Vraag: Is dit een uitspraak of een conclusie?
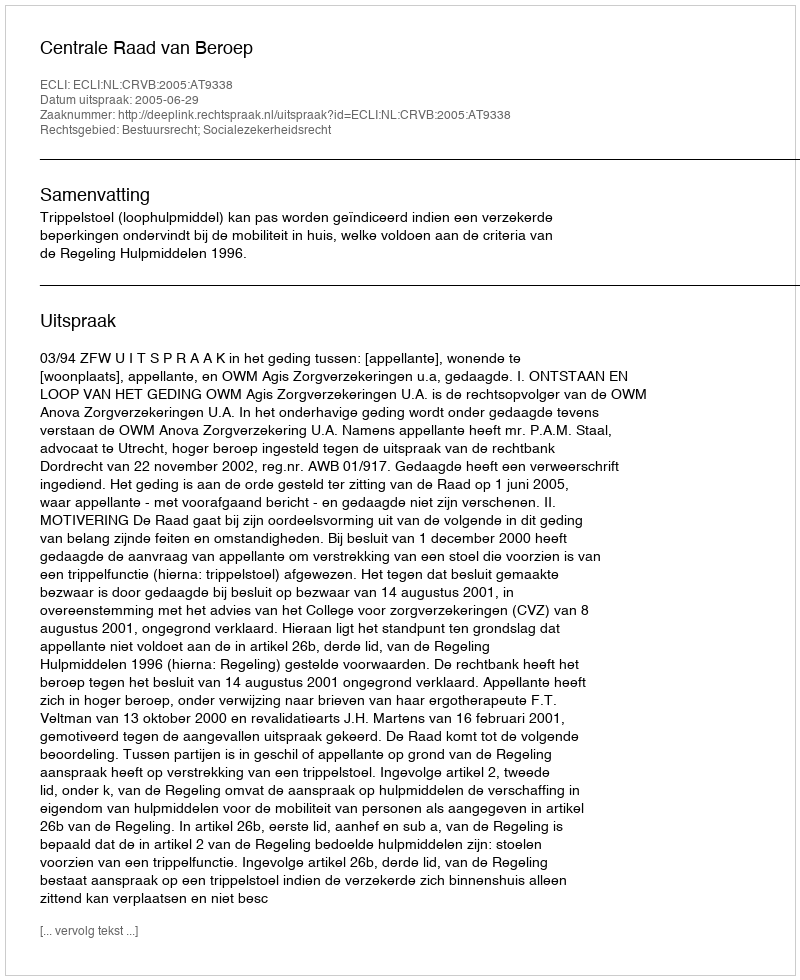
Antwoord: Uitspraak